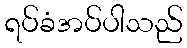
ရပ်ခံအပ်ပါသည်